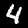
Label: 4